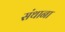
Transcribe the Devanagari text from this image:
संथाना